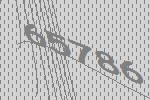
65786